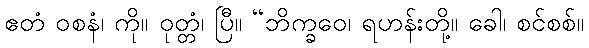
ဧတံ ဝစနံ၊ ကို။ ဝုတ္တံ၊ ပြီ။ “ဘိက္ခဝေ၊ ရဟန်းတို့။ ခေါ၊ စင်စစ်။